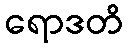
ရောဒတိ